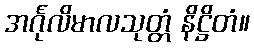
အင်္ဂုလိမာလသုတ္တံ နိဋ္ဌိတံ။